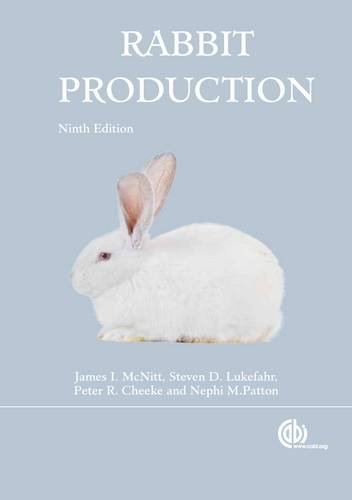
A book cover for Rabbit Production; James I. McNitt; Crafts, Hobbies & Home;